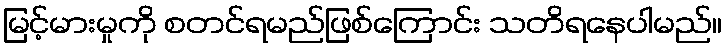
မြင့်မားမှုကို စတင်ရမည်ဖြစ်ကြောင်း သတိရနေပါမည်။